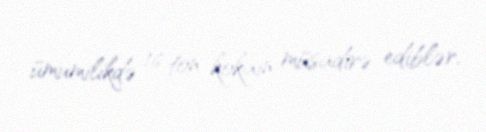
ümumilikdə 16 ton kokain müsadirə ediblər.